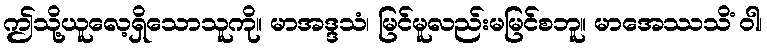
ဤသို့ယူလေ့ရှိသောသူကို။ မာအဒ္ဒသံ၊ မြင်မူလည်းမမြင်စဘူ။ မာအေဿသိံ ဝါ၊